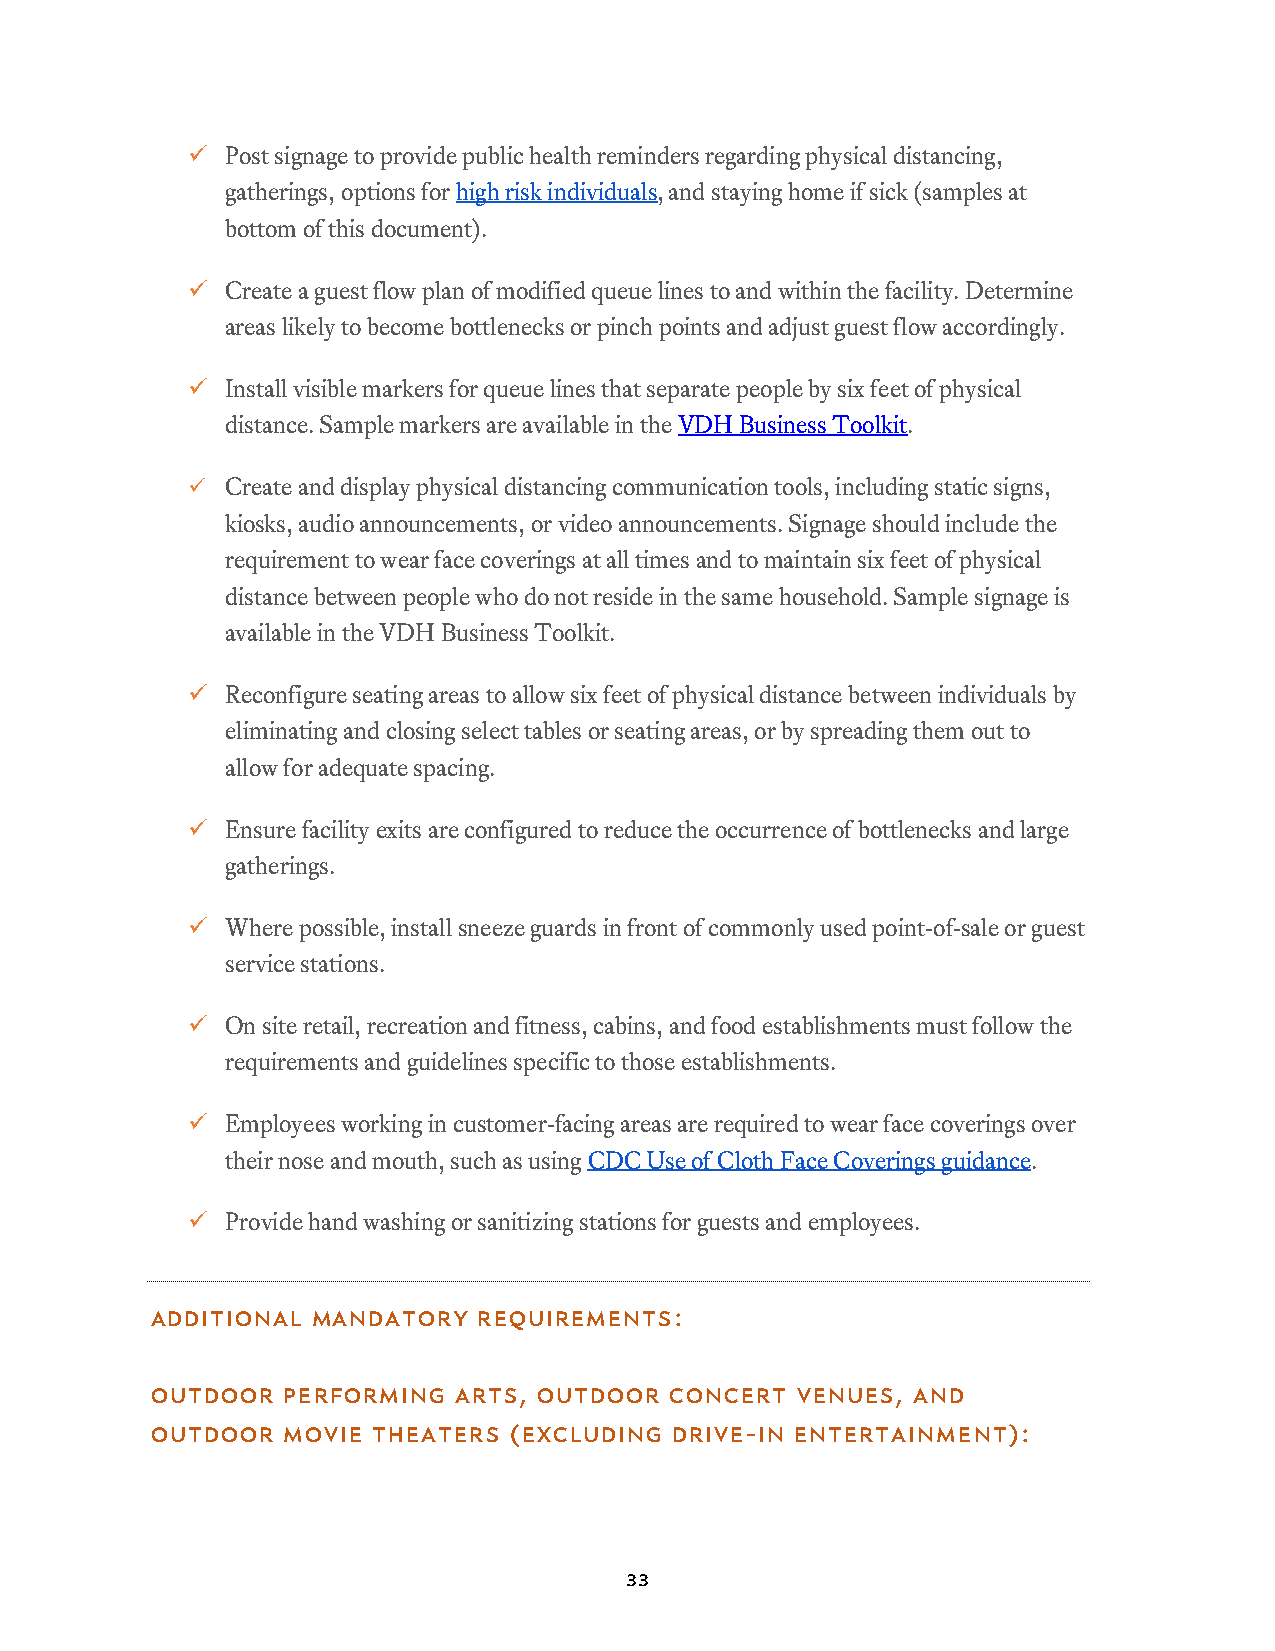
  Post signage to provide public health reminders regarding physical distancing,
 gatherings, options for high risk individuals, and staying home if sick (samples at
 bottom of this document).
   Create a guest flow plan of modified queue lines to and within the facility. Determine
 areas likely to become bottlenecks or pinch points and adjust guest flow accordingly.
   Install visible markers for queue lines that separate people by six feet of physical
 distance. Sample markers are available in the VDH Business Toolkit.
   Create and display physical distancing communication tools, including static signs,
 kiosks, audio announcements, or video announcements. Signage should include the
 requirement to wear face coverings at all times and to maintain six feet of physical
 distance between people who do not reside in the same household. Sample signage is
 available in the VDH Business Toolkit.
   Reconfigure seating areas to allow six feet of physical distance between individuals by
 eliminating and closing select tables or seating areas, or by spreading them out to
 allow for adequate spacing.
   Ensure facility exits are configured to reduce the occurrence of bottlenecks and large
 gatherings.
   Where possible, install sneeze guards in front of commonly used point-of-sale or guest
 service stations.
   On site retail, recreation and fitness, cabins, and food establishments must follow the
 requirements and guidelines specific to those establishments.
   Employees working in customer-facing areas are required to wear face coverings over
 their nose and mouth, such as using CDC Use of Cloth Face Coverings guidance.
   Provide hand washing or sanitizing stations for guests and employees.
 Additional MANDATORY  Requirements:
 Outdoor  performing arts, outdoor concert  venues, and
 outdoor  movie theaters (excluding drive-in entertainment):
 33